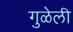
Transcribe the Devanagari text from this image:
गुळेली